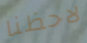
لاحظنا